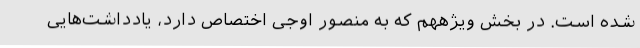
شده است. در بخش ویژههم که به منصور اوجی اختصاص دارد، یادداشت‌هایی